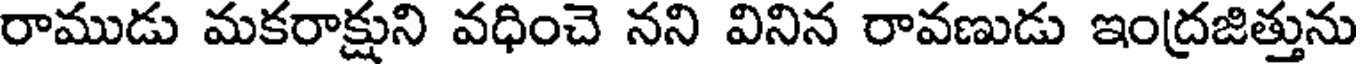
రాముడు మకరాక్షుని వధించె నని వినిన రావణుడు ఇంద్రజిత్తును